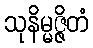
သုနိမ္မဇ္ဇိတံ